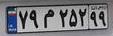
۷۹م۲۵۲۹۹